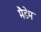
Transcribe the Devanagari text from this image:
मैडेम